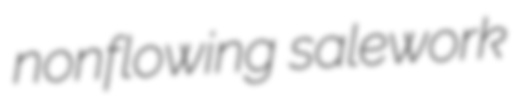
nonflowing salework